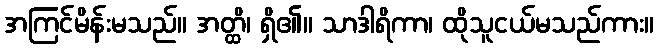
အကြင်မိန်းမသည်။ အတ္ထိ၊ ရှိ၏။ သာဒါရိကာ၊ ထိုသူငယ်မသည်ကား။